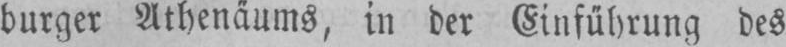
burger Athenäums, in der Einführung des